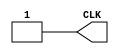
`default_nettype none
`timescale 1ns/10ps

module clock(CLK);

	parameter delay = 50;
	

	output reg CLK;

	always 
	begin
		CLK=0;
		#delay;
		CLK=1;
		#delay;

	end
		
endmodule